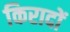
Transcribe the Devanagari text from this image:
किरादों